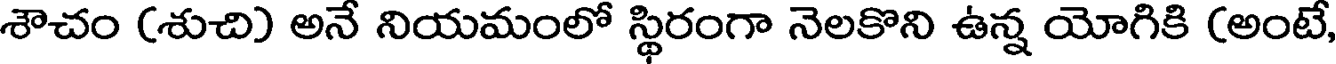
శౌచం (శుచి) అనే నియమంలో స్థిరంగా నెలకొని ఉన్న యోగికి (అంటే